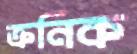
ক্রনিক